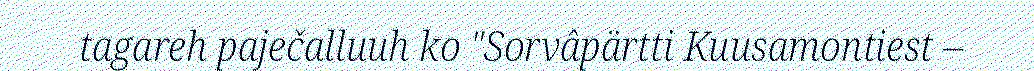
tagareh paječalluuh ko "Sorvâpärtti Kuusamontiest –